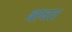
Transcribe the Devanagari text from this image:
बाचत